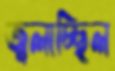
জ্বলাচ্ছিল